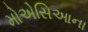
મોએસિઆના